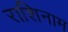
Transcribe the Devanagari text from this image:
राशिनाम